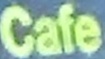
Cafe